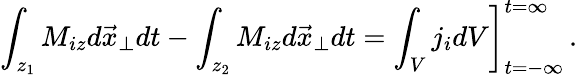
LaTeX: \int_{z_{1}}M_{iz}d\vec{x}_{\perp}dt-\int_{z_{2}}M_{iz}d\vec{x}_{\perp}dt=\left.\int_{V}j_{i}dV\right]_{t=-\infty}^{t=\infty}\, .